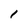
Character: 1